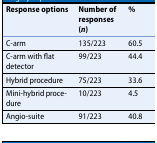
<table><thead><tr><td><b>Response options</b></td><td><b>Number of responses (<i>n</i>)</b></td><td><b>%</b></td></tr></thead><tbody><tr><td>C-arm</td><td>135/223</td><td>60.5</td></tr><tr><td>C-arm with flat detector</td><td>99/223</td><td>44.4</td></tr><tr><td>Hybrid procedure</td><td>75/223</td><td>33.6</td></tr><tr><td>Mini-hybrid procedure</td><td>10/223</td><td>4.5</td></tr><tr><td>Angio-suite</td><td>91/223</td><td>40.8</td></tr></tbody></table>